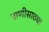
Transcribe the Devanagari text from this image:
पाणीसाठ्या